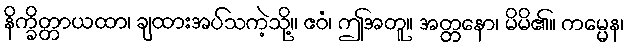
နိက္ခိတ္တာယထာ၊ ချထားအပ်သကဲ့သို့။ ဧဝံ၊ ဤအတူ။ အတ္တနော၊ မိမိ၏။ ကမ္မေန၊